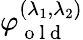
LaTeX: \varphi_{\mathrm{~o~l~d~}}^{(\lambda_{1},\lambda_{2})}